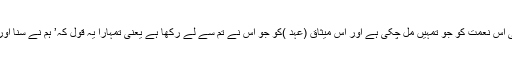
’’اور یاد کرو اللہ کی اُس نعمت کو جو تمہیں مل چکی ہے اور اُس میثاق (عہد )کو جو اُس نے تم سے لے رکھا ہے یعنی تمہارا یہ قول کہ’ ہم نے سنا اور اطاعت قبول کی ‘۔